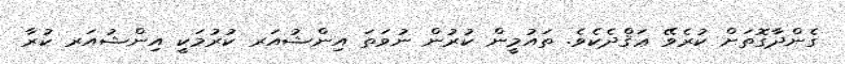
ގެންދާގޮތަށް ކުރެވޭ ޢަޤްދެކެވެ. ތައުމީން ކުރުން ނުވަތަ އިންޝުއަރ ކުރުމަކީ އިންޝުއަރ ކުރާ